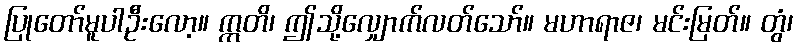
ပြုတော်မူပါဦးလော့။ ဣတိ၊ ဤသို့လျှောက်လတ်သော်။ မဟာရာဇ၊ မင်းမြတ်။ တွံ၊